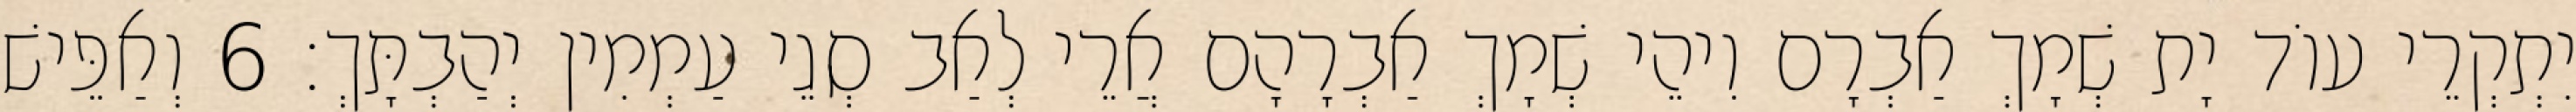
יִתְקְרֵי עוֹד יָת שְׁמָךְ אַבְרָם וִיהֵי שְׁמָךְ אַבְרָהָם אֲרֵי לְאַב סְגֵי עַמְמִין יְהַבְתָּךְ׃ 6 וְאַפֵּישׁ